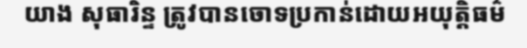
យាង សុធារិន្ទ ត្រូវបានចោទប្រកាន់ដោយអយុត្តិធម៌